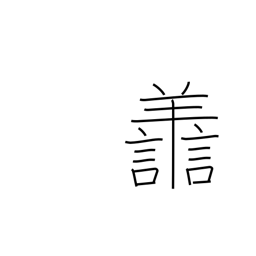
Meaning: virtuous